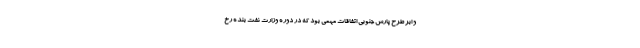
و ابر طرح پارس جنوبی اتفاقات مهمی بود که در دوره وزارت نفت بنده رخ